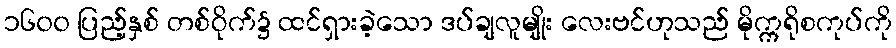
၁၆၀၀ ပြည့်နှစ် တစ်ဝိုက်၌ ထင်ရှားခဲ့သော ဒပ်ချလူမျိုး လေးဗင်ဟုသည် မိုက္ကရိုစကုပ်ကို